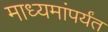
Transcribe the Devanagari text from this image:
माध्यमांपर्यंत